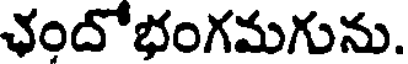
ఛందోభంగమగును.